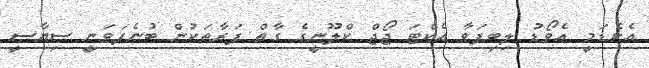
އެކެޑަމީ އެވޯޑު ލިބިފަވާ އެކްޓަ ޖޯޖް ކްލޫނީގެ ގާތް ފަރާތަކުން ބުނެފަވަނީ ސިޔާސީ